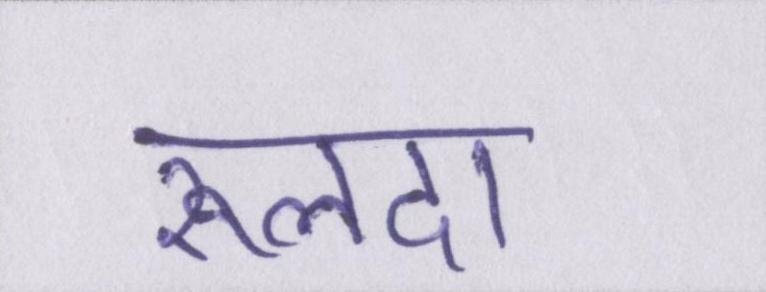
रूलदा